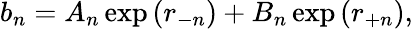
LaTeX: b_{n}=A_{n}\exp\left(r_{-n}\right)+B_{n}\exp\left(r_{+n}\right),